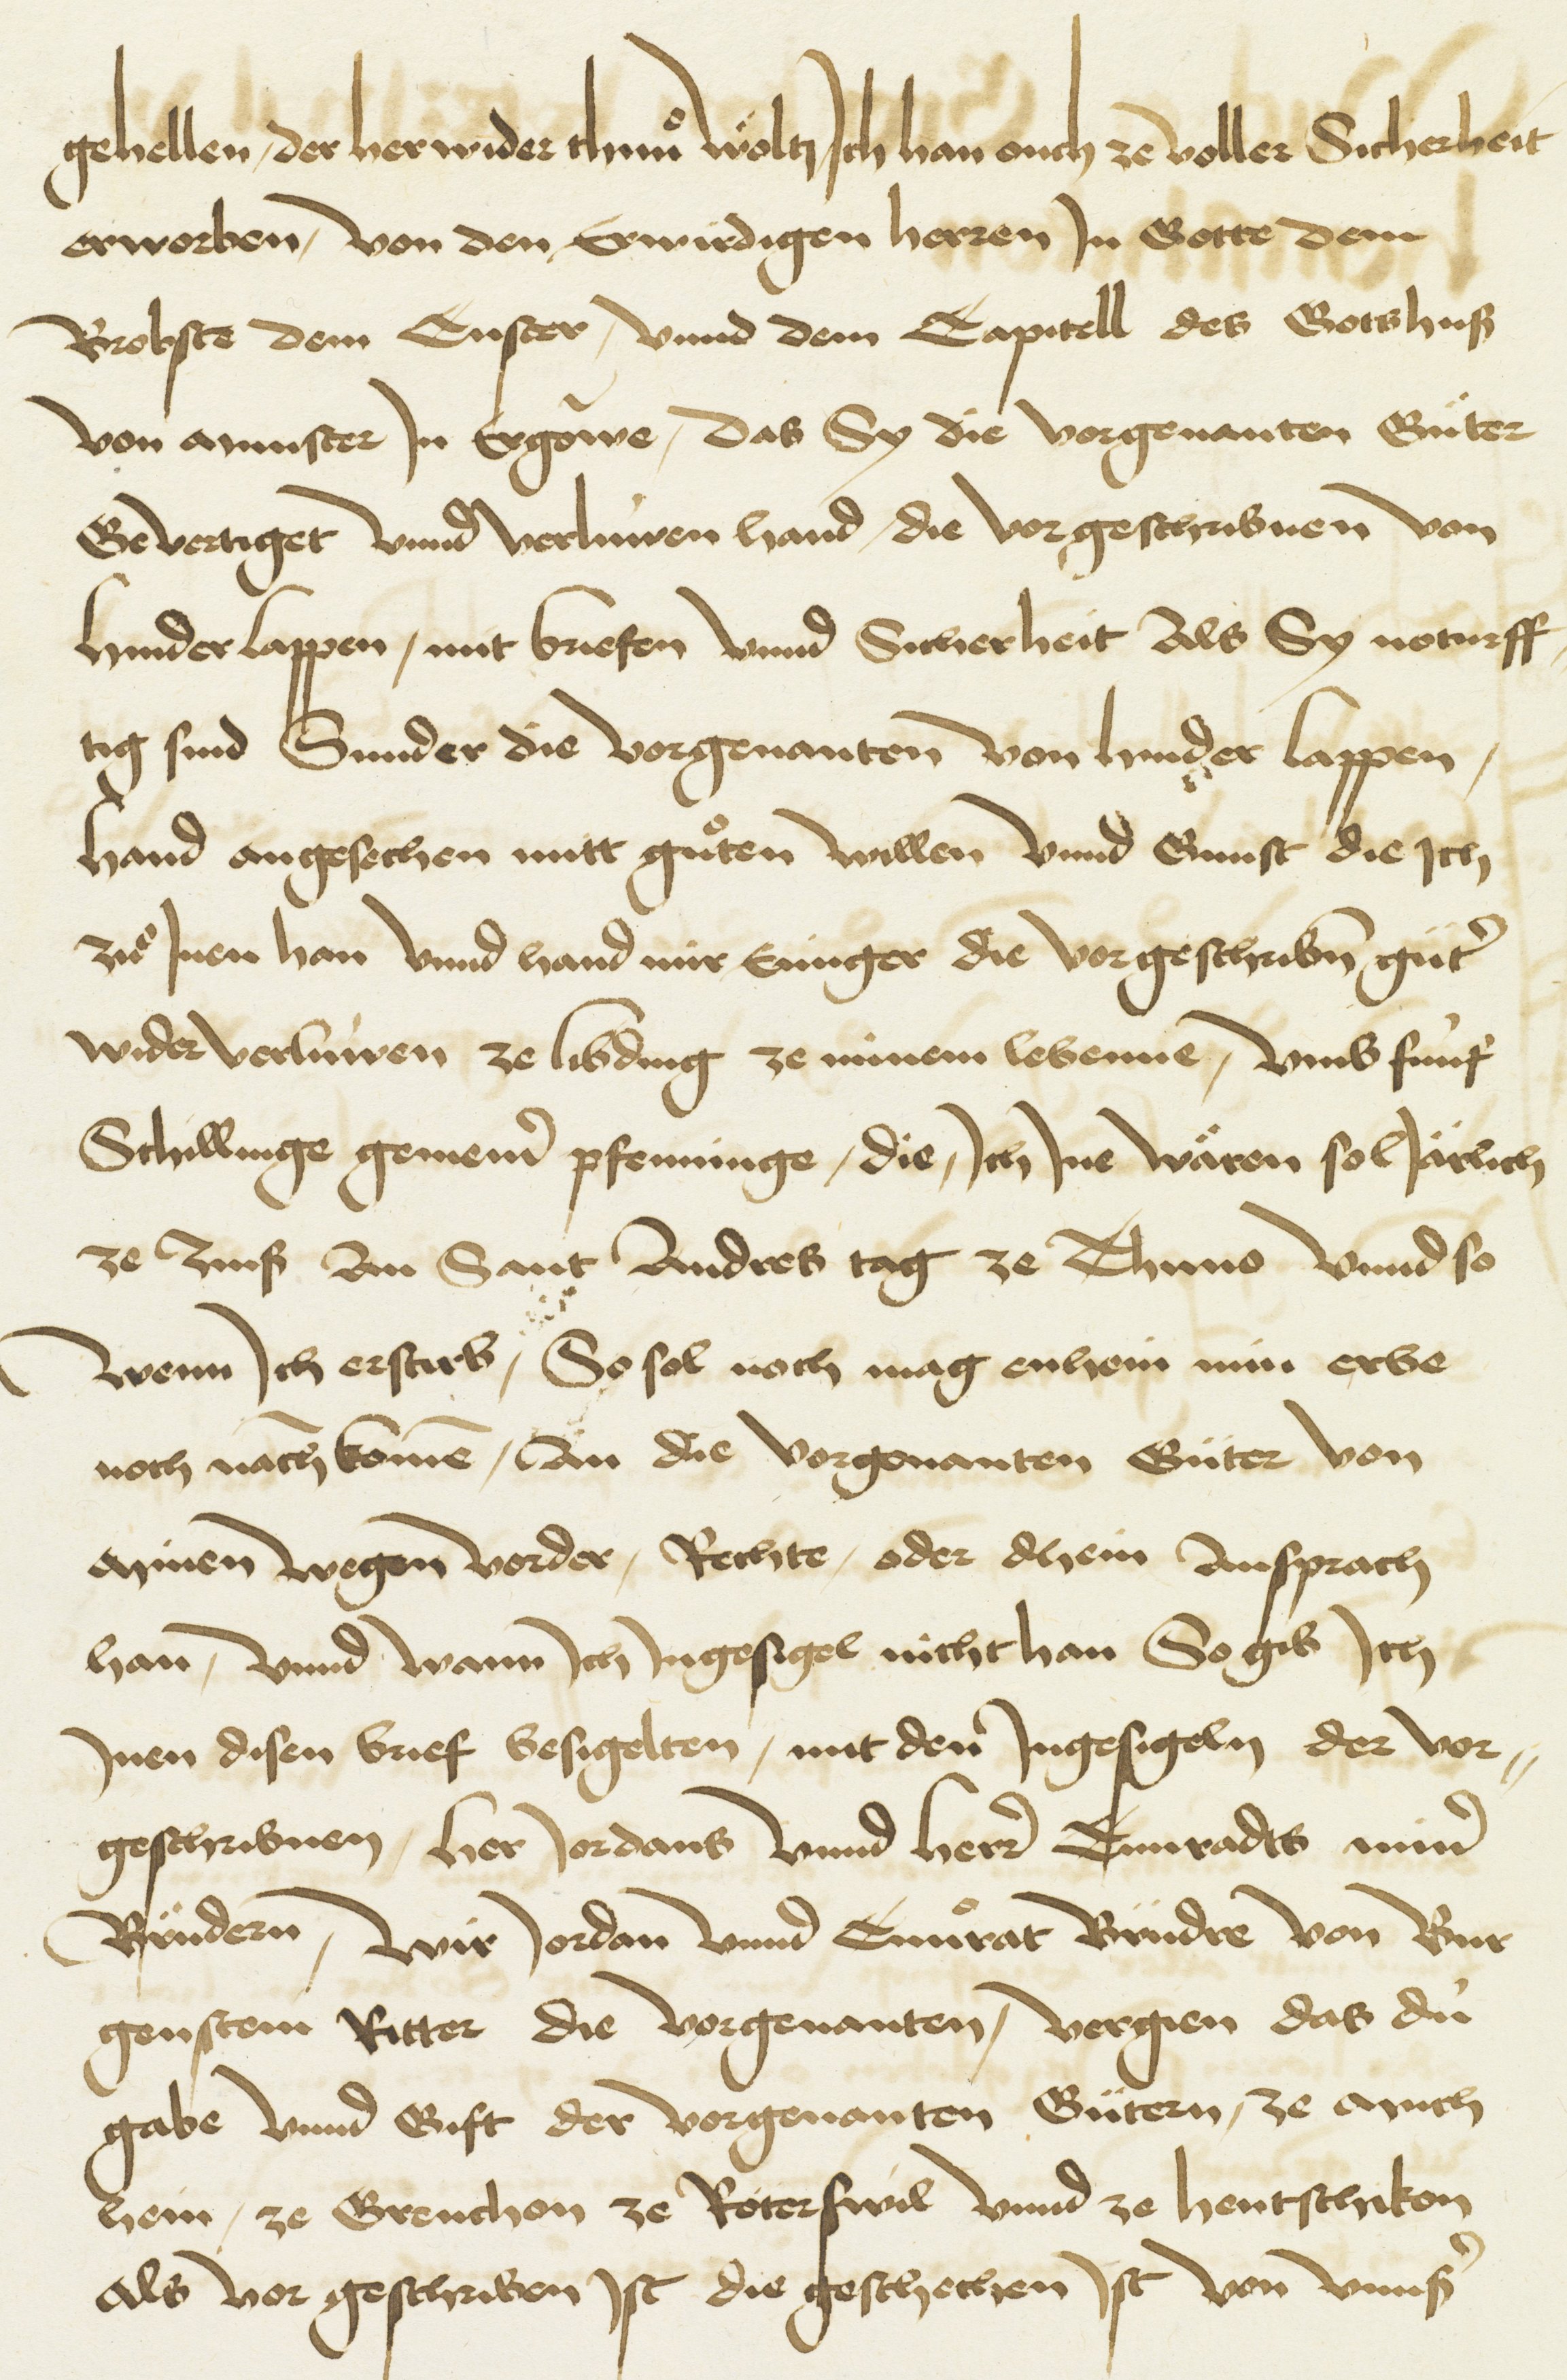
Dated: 1480–1528